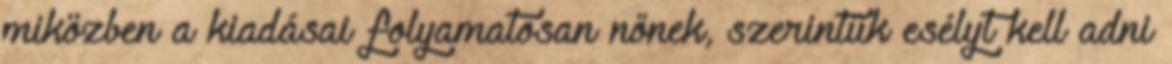
miközben a kiadásai folyamatosan nőnek, szerintük esélyt kell adni